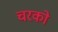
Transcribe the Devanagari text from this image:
चरको